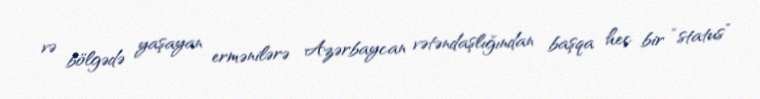
və bölgədə yaşayan ermənilərə Azərbaycan vətəndaşlığından başqa heç bir “status”